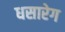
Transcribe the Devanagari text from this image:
धसारेग